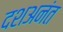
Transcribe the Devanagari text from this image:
दशअनंत